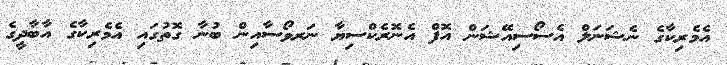
އެމެރިކާގެ ނެޝަނަލް އެސޯސިއޭޝަން އޮފް އެނޮރެކްސިޔާ ނަރވޯސާއިން ބުނާ ގޮތުގައި އެމެރިކާގެ އާބާދީގެ